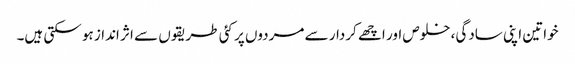
خواتین اپنی سادگی، خلوص اور اچھے کردار سے مردوں پر کئی طریقوں سے اثر انداز ہو سکتی ہیں۔